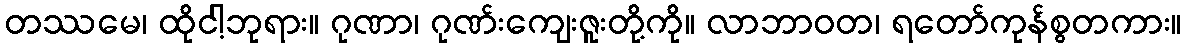
တဿမေ၊ ထိုငါ့ဘုရား။ ဂုဏာ၊ ဂုဏ်းကျေးဇူးတို့ကို။ လာဘာဝတ၊ ရတော်ကုန်စွတကား။